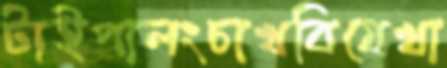
টাইপালংচাখবিযেখা